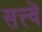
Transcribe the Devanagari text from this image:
सत्त्वें